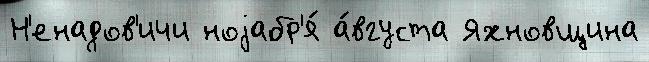
Н'енадов'ичи ноjабр'я́ а́вгуста Яхновщина